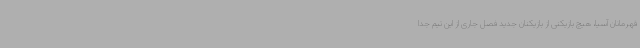
قهرمانان آسیا، هیچ بازیکنی از بازیکنان جدید فصل جاری از این تیم جدا